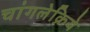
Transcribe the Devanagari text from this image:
चांगलेक्रिये